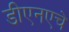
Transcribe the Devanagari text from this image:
डीएनएचे